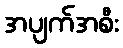
အပျက်အစီး